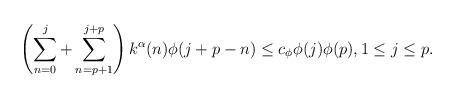
LaTeX: \begin{align*}\left(\sum_{n=0}^j+\sum_{n=p+1}^{j+p}\right)k^{\alpha}(n)\phi(j+p-n)\le c_{\phi} \phi(j)\phi(p), 1\le j\le p.\end{align*}